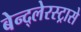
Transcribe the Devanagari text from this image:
बेन्द्लेरस्ट्रासे